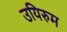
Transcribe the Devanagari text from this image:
उयिरुम